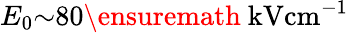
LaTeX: E_{0}{\sim}80\ensuremath{~\mathrm{kV}\mathrm{cm}^{-1}}